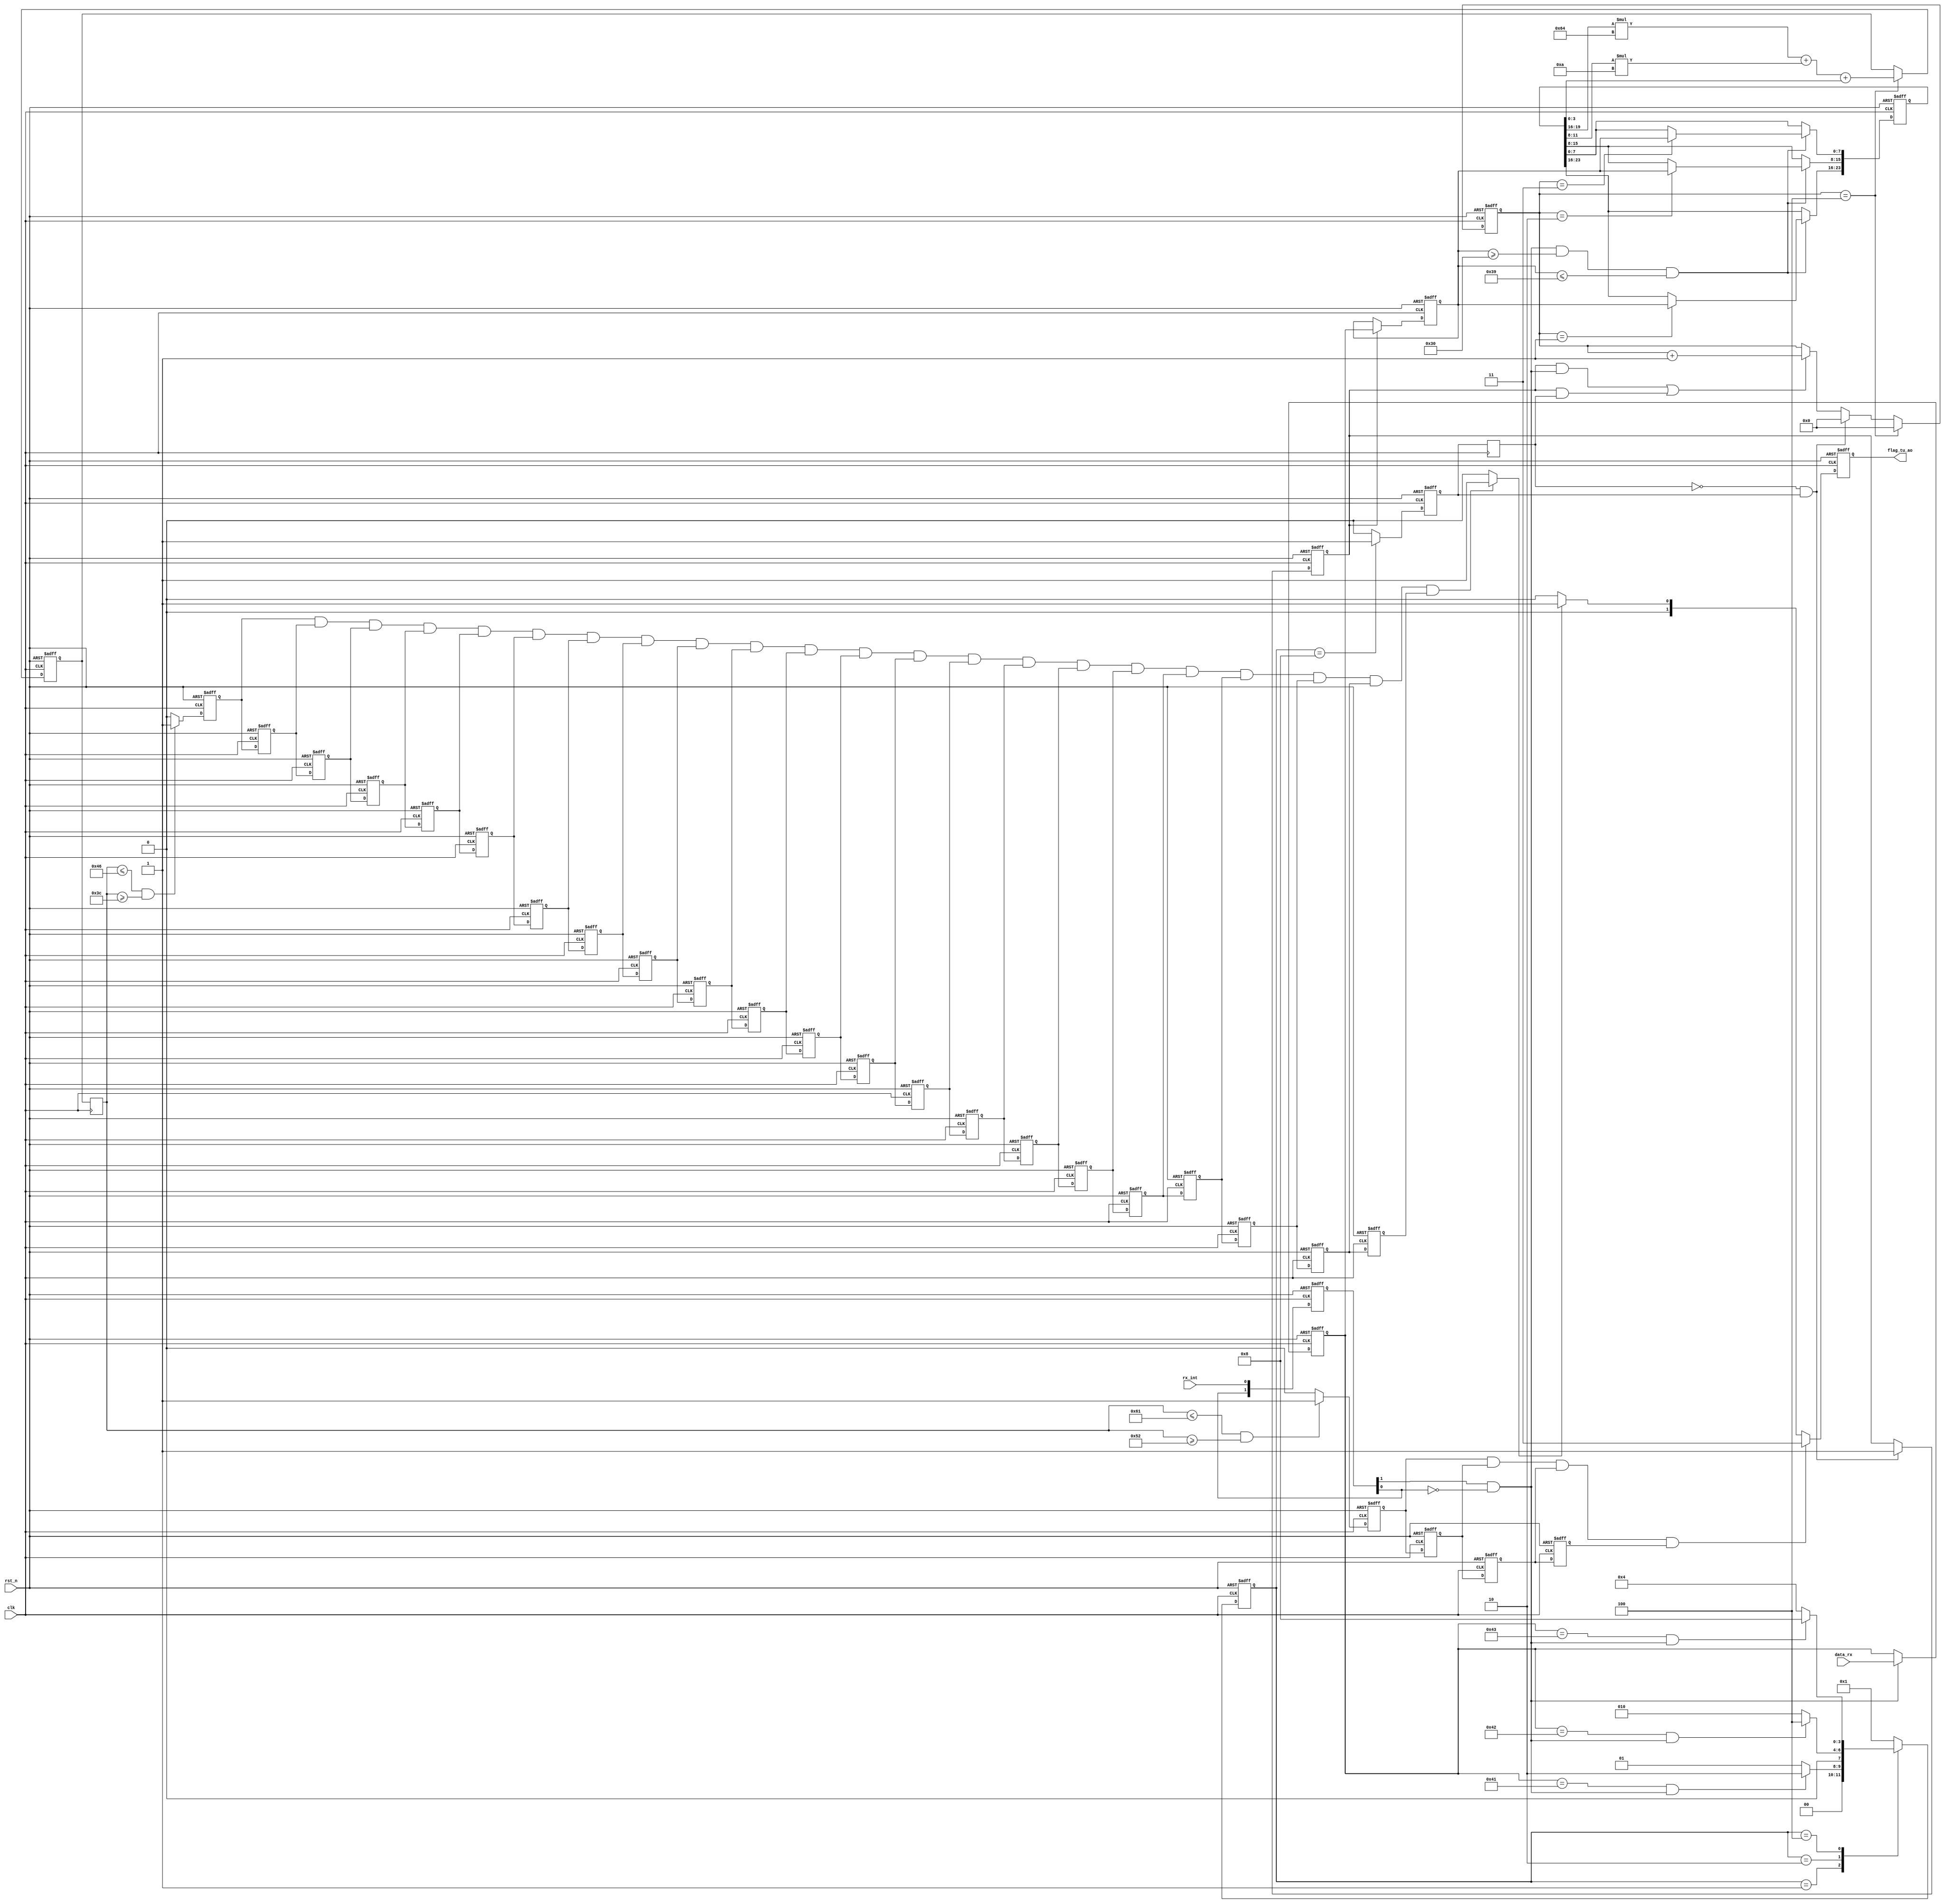
module hongwai_rx(
    input              			clk,
    input              			rst_n,
    input   	[7:0]      		data_rx,
	input						rx_int,//uart_rxuart_tx,uart_tx
		
	output	reg	[1:0]			flag_tu_ao//10 01
);


//-------------------------------------------------------
//8	
	reg	[1:0]	rx_int_r;	
	always@(posedge	clk	or	negedge	rst_n)begin
		if(!rst_n)	begin
			rx_int_r[0]	<=	1'b0;
			rx_int_r[1]	<=	1'b0;
		end
		else	begin
			rx_int_r[0]	<=	rx_int;
			rx_int_r[1]	<=	rx_int_r[0];
		end
	end

	wire	nege_edge	= 	rx_int_r[1]	&	~rx_int_r[0];//


//---------------------------------------------------
	reg	[7:0]	data_rx_r;//data_rx	
//rx
	always@(posedge	clk	or	negedge	rst_n)begin
		if(!rst_n)	begin
			data_rx_r <= 8'd0;
		end
		else	if(nege_edge)begin
			data_rx_r <= data_rx;
		end
	end

////////////////////////////////////////////////////////////////////////////////////////////////////////////////////////////////////////////////////	
//					//
//	  	//
//	            	//
////////////////////////////////////////////////////////////////////////////////////////////////////////////////////////////////////////////////////

parameter length = 4; //

parameter [length-1 : 0]                         //one-hot code
                S_IDLE    = 11'b0001,
                S_State1  = 11'b0010,
                S_State2  = 11'b0100,
                S_State3  = 11'b1000;

reg [length-1 : 0] c_state;
reg [length-1 : 0] n_state;
//
always @(posedge clk or negedge rst_n) begin
    if (!rst_n) begin
        c_state <= S_IDLE; // reset        
    end
    else begin
        c_state <= n_state; //next state logic
    end
end

always @(*) begin   //state register
    case(c_state)
        S_IDLE   : 
          if (data_rx_r == 8'h41 && nege_edge)//A   
            n_state = S_State1;
          else 
            n_state = S_IDLE;
        S_State1 :
          if (data_rx_r == 8'h42 && nege_edge)//B
            n_state = S_State2;
          else 
            n_state = S_State1;
        S_State2 :
          if (data_rx_r == 8'h43 && nege_edge)//C
            n_state = S_State3;
          else  
            n_state = S_State2;
		S_State3 :
		  if (data_rx_r && nege_edge)
            n_state = S_IDLE;
          else 
            n_state = S_IDLE;			
        default :
            n_state = S_IDLE;
    endcase 
end

 
reg         detected_o;
//output logic
always @ (posedge clk or negedge rst_n) begin   
	if(!rst_n) begin
		detected_o <= 1'b0;
		end
	else if( c_state == S_State3) begin
		detected_o <= 1'b1;
		end
	else begin
		detected_o <= 1'b0;
		end
	end
	

///
	reg [5:0] num; //
	reg	start_reg;
	reg timeout;
always@(posedge clk)
   start_reg <= detected_o;

always@(posedge clk or negedge rst_n) begin
   if (!rst_n)
		timeout <= 0;
   else if(start_reg == 0 && detected_o ==1)//
		timeout <= 1;
   else
		timeout <= timeout;
	end



	reg	[7:0]	data_pickup_r;//data_rx	
//rx
	always@(posedge	clk or negedge rst_n)begin
		if(!rst_n)	begin
			data_pickup_r <= 8'd0;
		end
		else if(timeout) begin
			data_pickup_r <= data_rx_r;               //$GPRMC
		end
	end

	
//-------------------------------------------------------	
//
	always@(posedge	clk	or	negedge	rst_n)
	begin
		if(!rst_n)	
			num	<= 4'd0;
		else if(num == 4)
			num <= 0;
		else if( start_reg == 0 && detected_o ==1 )	
			num <= 0;
		else if( (timeout && nege_edge) || (timeout && start_reg))				
			num <= num + 1'b1;
		else	
			num <= num;
	end	
	
	
	reg		[23:0]		hongwai_distance;
	
	always@(posedge	clk	or	negedge	rst_n)begin
		if(!rst_n)
			hongwai_distance <= 24'b0000_0000_0000_0000_1111_1111;                                                       
		else if(nege_edge && data_pickup_r >= 8'h30 && data_pickup_r <= 8'h39)begin              
			case(num)
				4'd1:	hongwai_distance[23:16] <= data_pickup_r;                     
				4'd2:	hongwai_distance[15:8] <= data_pickup_r;
				4'd3:	hongwai_distance[7:0] <= data_pickup_r;
			default:;	
			endcase
		end
	end
	
	
	reg		[5:0]		cnt;
	//50
	always@(posedge	clk	or	negedge	rst_n)
		begin
			if(!rst_n)	
			cnt <= 6'b0;
			else if(num == 1)
			cnt <= 6'b0;
			else if(cnt == 51)
			cnt <= cnt;
			else if(num == 3)
			cnt <= cnt + 1;
			else
			cnt <= 6'b0;
		end
	
	wire	flag_distance;
	//
	assign	flag_distance = (cnt == 50)?1:0;
	
	reg		[8:0]			distance;
	
	always@(posedge clk or negedge rst_n)begin
		if(!rst_n)
		distance <= 9'b0;
//		else if(nege_edge &&(num == 1 || num == 2 || num == 3))	//3
		else if(num == 4)
		distance <= hongwai_distance[19:16]*100 + hongwai_distance[11:8]*10 + hongwai_distance[3:0];
		else				
		distance <= distance;
	end	
		

		
		
		
	reg [8:0]	distance_1;
	
	always@(posedge clk)
		distance_1 <= distance;
	
	
	wire		a;
	
	assign a = (distance_1 <= 70 && distance_1 >= 60)?1:0;
	
	
	reg			a0;
	reg			a1;
	reg			a2;
	reg			a3;
	reg			a4;
	reg			a5;
	reg			a6;
	reg			a7;	
	reg			a8;
	reg			a9;
	reg			a10;
	reg			a11;	
	reg			a12;
	reg			a13;
	reg			a14;
	reg			a15;
	reg			a16;
	reg			a17;
	reg			a18;
	reg			a19;
	reg			a20;
	reg			a21;
	
	
	
	always @(posedge clk or negedge rst_n)
		if(!rst_n)begin
			a0	<= 1'b0;
			a1	<= 1'b0;
			a2	<= 1'b0;
			a3	<= 1'b0;
			a4	<= 1'b0;
			a5	<= 1'b0;
			a6	<= 1'b0;
			a7	<= 1'b0;
			a8	<= 1'b0;
			a9  <= 1'b0;
			a10 <= 1'b0;
			a11 <= 1'b0;
			a12	<= 1'b0;
			a13 <= 1'b0;
			a14 <= 1'b0;
			a15 <= 1'b0;
			a16 <= 1'b0;
			a17 <= 1'b0;
			a18 <= 1'b0;
			a19 <= 1'b0;
			a20 <= 1'b0;
			a21 <= 1'b0;
			
			end	
		else	begin
			a0	<=  a;
			a1	<=  a0;
			a2	<=  a1;
			a3	<=  a2;
			a4	<=	a3;	
			a5	<=  a4;	
			a6	<=  a5;	
			a7	<=  a6;	
			a8	<=  a7;	
			a9  <=  a8;	
			a10 <=  a9; 
			a11 <=  a10;
			a12	<=  a11;
			a13	<=  a12;
			a14	<=	a13;	
			a15	<=  a14;	
			a16	<=  a15;	
			a17	<=  a16;	
			a18	<=  a17;	
			a19 <=  a18;	
			a20 <=  a19; 
			a21 <=  a20;
			end	

	wire		b;
	
	assign b = (distance_1 <= 97 && distance_1 >= 82)?1:0;
	
	
	reg			b0;
	reg			b1;
	reg			b2;
	reg			b3;
	
	always @(posedge clk or negedge rst_n)
		if(!rst_n)begin
			b0 <= 1'b0;
			b1 <= 1'b0;
			b2 <= 1'b0;
			b3 <= 1'b0;
			end	
		else	begin
			b0 <=  b;
			b1 <=  b0;
			b2 <=  b1;
			b3 <=  b2;
			end		
	
	wire	aoxian;
	assign aoxian = ((a0 && a1 && a2 && a3 && a4 && a5 && a6 && a7 && a8 && a9 && a10 && a11 && a12 && a13 && a14 && a15 && a16 && a17 && a18 && a19 && a20 && a21 )==1)?1:0;
	
	always@(posedge clk or negedge rst_n)
		begin
			if(!rst_n)
				flag_tu_ao <= 2'b0;
			else if((b0 && b1 && b2 && b3) == 1)
				flag_tu_ao <= 2'b11;			
			else if(aoxian == 1)// 01
				flag_tu_ao <= 2'b01;
			else
				flag_tu_ao <= 2'b0;
		end
	
	
	
endmodule